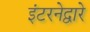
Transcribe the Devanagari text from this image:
इंटरनेद्वारे